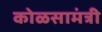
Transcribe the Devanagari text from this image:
कोळसामंत्री